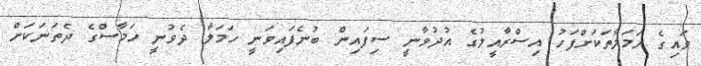
ވައިގެ ހަމަލާތަކަށްފަހު އިސްރާއީލުގެ އުދުވާނީ ސިފައިން ބުނެފައިވަނީ ހަމަލާ ދެވުނީ ހަމާސްގެ ދެތަނަކަށް